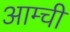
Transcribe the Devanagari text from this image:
आम्ची